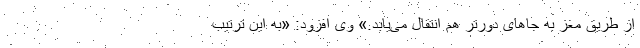
از طریق مغز به جاهای دورتر هم انتقال می‌یابد.» وی افزود: «به این ترتیب